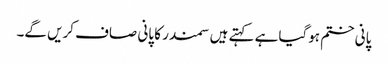
پانی ختم ہوگیا ہے کہتے ہیں سمندر کا پانی صاف کریں گے۔